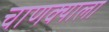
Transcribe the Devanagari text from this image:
चाणक्याला